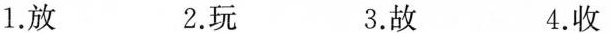
1.放 2.玩 3.故 4.收